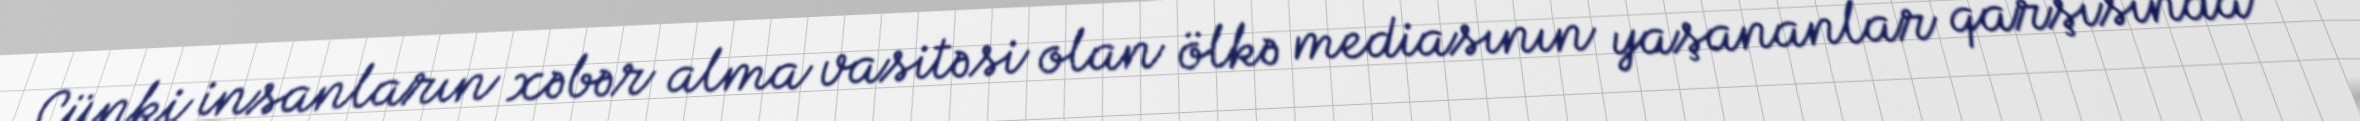
Çünki insanların xəbər alma vasitəsi olan ölkə mediasının yaşananlar qarşısında